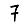
Digit: 7